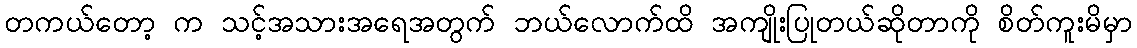
တကယ်တော့ က သင့်အသားအရေအတွက် ဘယ်လောက်ထိ အကျိုးပြုတယ်ဆိုတာကို စိတ်ကူးမိမှာ